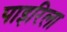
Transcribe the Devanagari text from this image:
पाइरिला